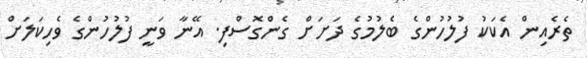
ތެރެއިން އެކަކު ފުލުހުންގެ ބެލުމުގެ ދަށަށް ގެންގޮސްފި. އޭނާ ވަނީ ފުލުހުންގެ ވެހިކަލަށް